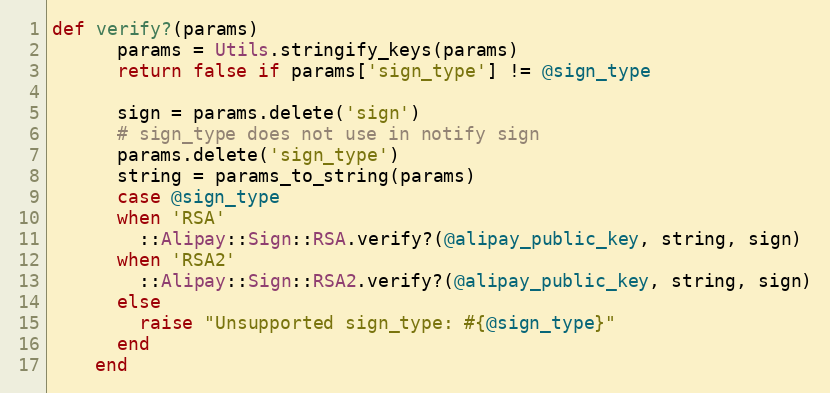
Language: Ruby
def verify?(params)
      params = Utils.stringify_keys(params)
      return false if params['sign_type'] != @sign_type

      sign = params.delete('sign')
      # sign_type does not use in notify sign
      params.delete('sign_type')
      string = params_to_string(params)
      case @sign_type
      when 'RSA'
        ::Alipay::Sign::RSA.verify?(@alipay_public_key, string, sign)
      when 'RSA2'
        ::Alipay::Sign::RSA2.verify?(@alipay_public_key, string, sign)
      else
        raise "Unsupported sign_type: #{@sign_type}"
      end
    end